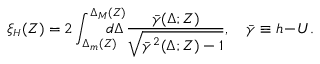
\xi _ { { \scriptscriptstyle H } } ( Z ) = 2 \int _ { \Delta _ { { \scriptscriptstyle m } } ( Z ) } ^ { \Delta _ { { \scriptscriptstyle M } } ( Z ) } \! \! \! \! \! \! \! \! \! d \Delta \, \frac { \bar { \gamma } ( \Delta ; Z ) } { \sqrt { \bar { \gamma } ^ { 2 } ( \Delta ; Z ) - 1 } } , \quad \bar { \gamma } \equiv h \! - \! { \cal U } .